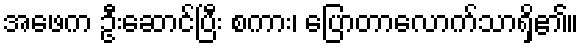
အဖေက ဦးဆောင်ပြီး စကား၊ ပြောတာလောက်သာရှိ၏။